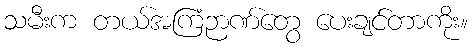
သမီးက တယ်အကြံဉာဏ်တွေ ပေးချင်တာကိုး။